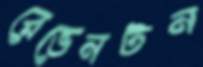
রেভেনটন